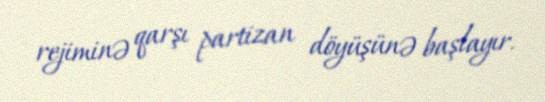
rejiminə qarşı partizan döyüşünə başlayır.